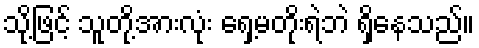
သို့ဖြင့် သူတို့အားလုံး ရှေ့မတိုးရဲဘဲ ရှိနေသည်။